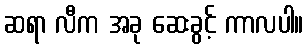
ဆရာ လီက အခု ဆေးခွင့် ကာလပါ။